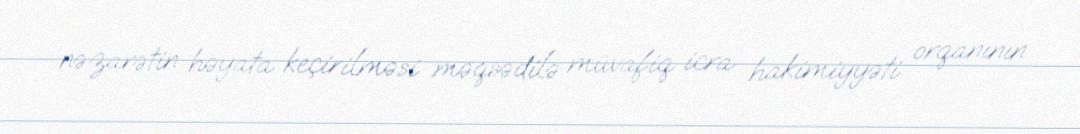
nəzarətin həyata keçirilməsi məqsədilə müvafiq icra hakimiyyəti orqanının